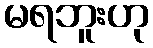
မရဘူးဟု